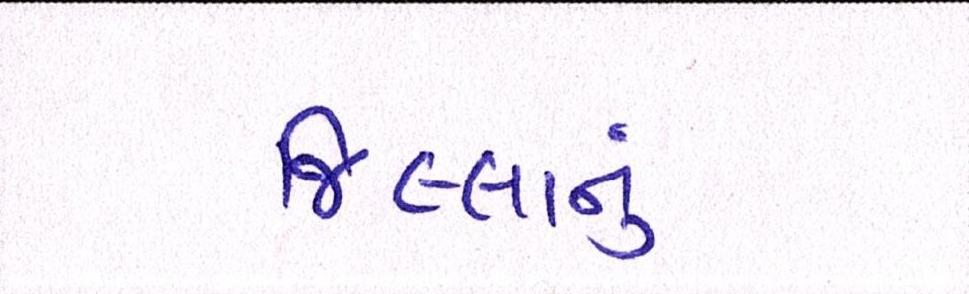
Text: જિલ્લાનું